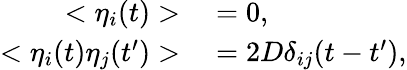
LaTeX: \begin{array}{rl}{<\eta_{i}(t)>}&{{}=0,}\\ {<\eta_{i}(t)\eta_{j}(t^{\prime})>}&{{}=2D\delta_{ij}(t-t^{\prime}),}\end{array}